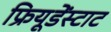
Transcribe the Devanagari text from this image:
फ्रियूडेंस्टाट